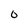
Character: 0